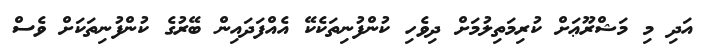
އަދި މި މަޝްރޫޢަށް ކުރިމަތިލުމަށް ދިވެހި ކުންފުނިތަކެކޭ އެއްފަދައިން ބޭރުގެ ކުންފުނިތަކަށް ވެސް